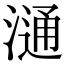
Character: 𣻢